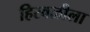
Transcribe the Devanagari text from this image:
हिरवळीला